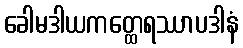
ခေါမဒါယကတ္ထေရဿာပဒါနံ